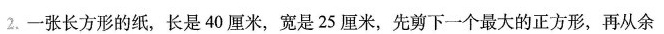
2.一张长方形的纸，长是40厘米，宽是25厘米，先剪下一个最大的正方形，再从余